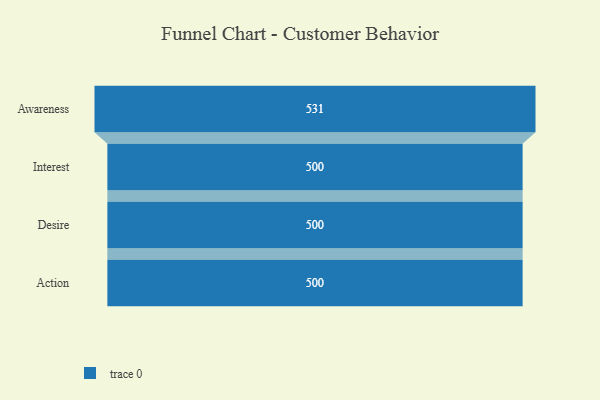
{"axis": {"x": "Stage", "y": "Value"}, "legend": [""], "data": [{"x": "Awareness", "y": 531.0, "type": ""}, {"x": "Interest", "y": 500, "type": ""}, {"x": "Desire", "y": 500, "type": ""}, {"x": "Action", "y": 500, "type": ""}]}